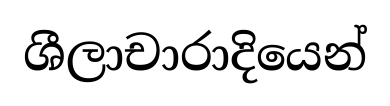
ශීලාචාරාදියෙන්